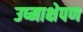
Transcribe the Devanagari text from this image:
उष्माक्षेपण